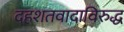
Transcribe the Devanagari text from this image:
दहशतवादाविरुद्ध